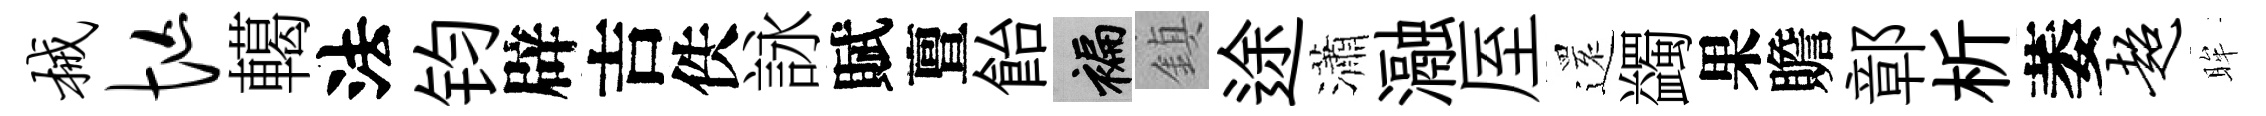
械忙轕法钧辟吉佚詠賦亶飴褊鎮途瀟瀜厔𮟃蠲果贍鄣析萎超眸